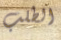
الطلب